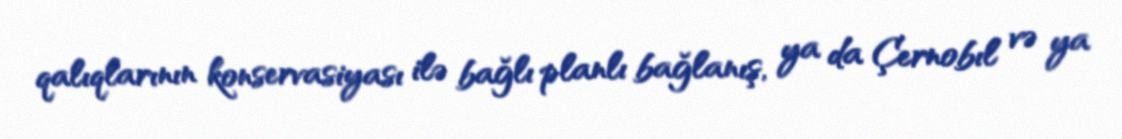
qalıqlarının konservasiyası ilə bağlı planlı bağlanış, ya da Çernobıl və ya